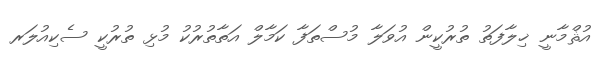
އުޘްމާނީ ޚިލާފަތު ތުރުކީން އުވަލާ މުސްތަފާ ކަމާލް އަތާތުރުކު މުޅި ތުރުކީ ސެކިއުލަރ